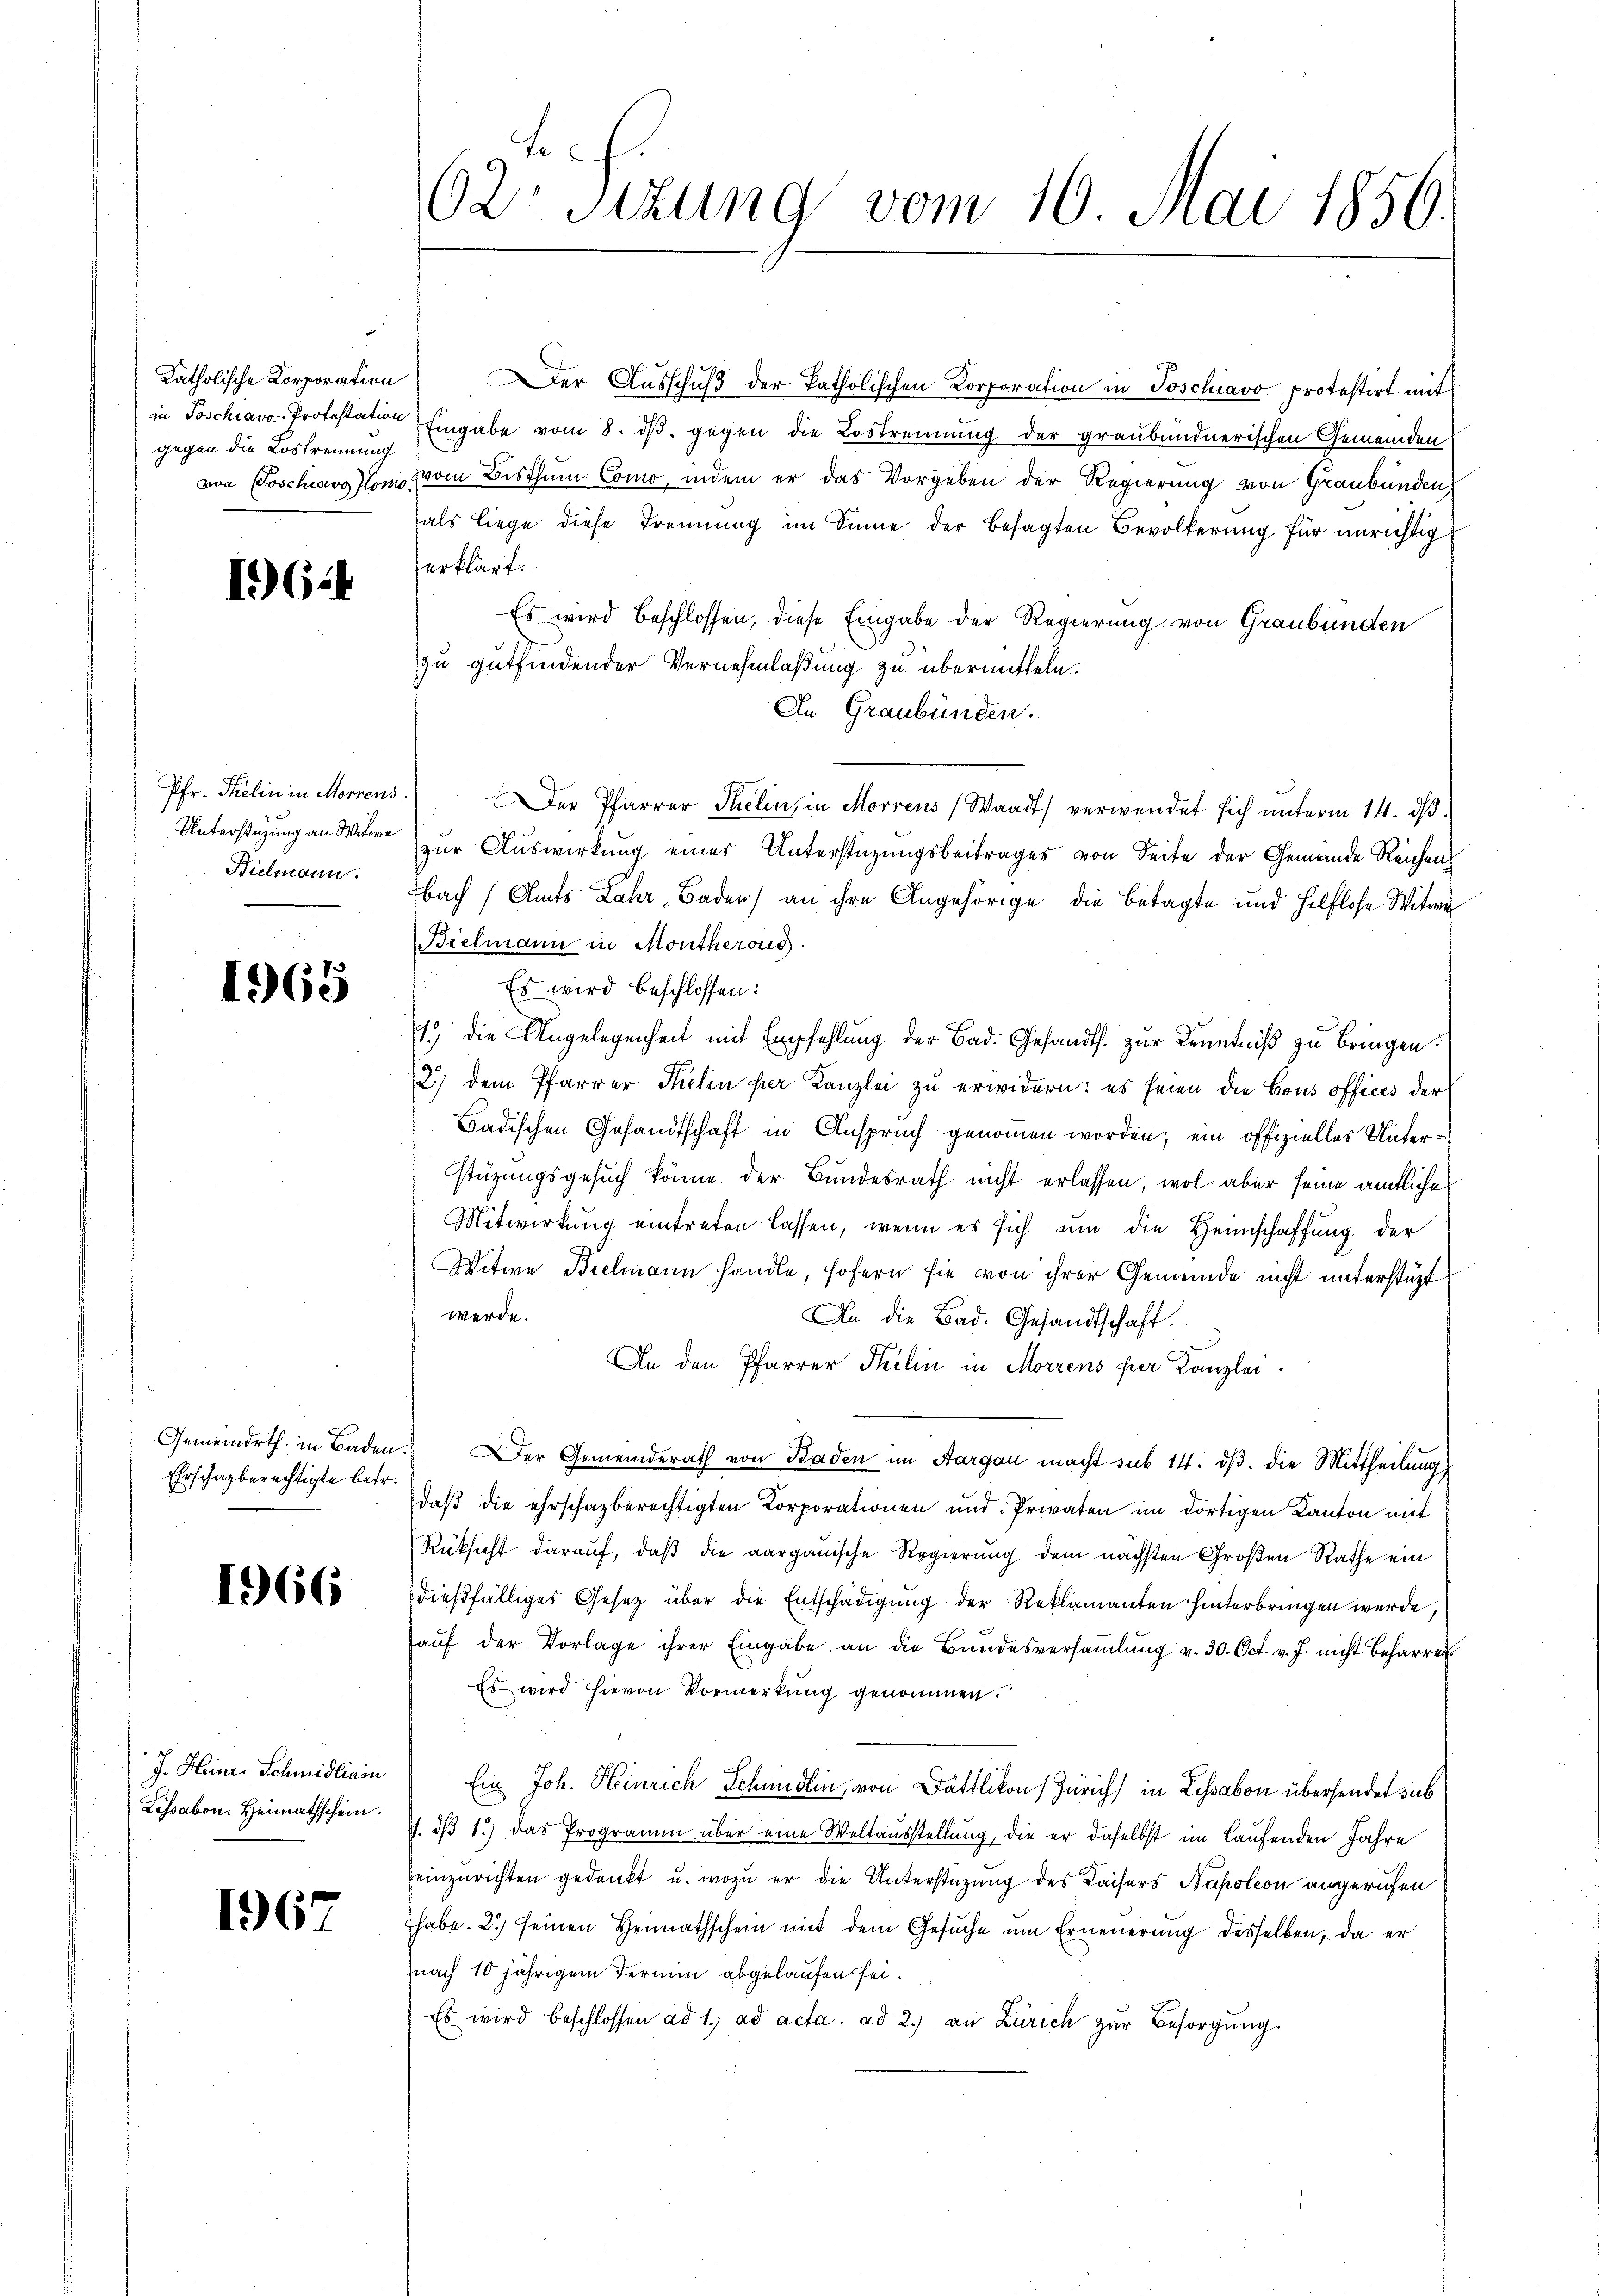
gegen die Lostrennung

I 624

Pfr. Thelin in Morgens.
Unterstüzung an Witwe
Bielmann.

1965

Gemeindrth. in Baden
Ehrschaz berechtigte betr.

1966

J. Heinr. Schmidliniu
Lissabon. Heimathschein.

1967

62: Sizung vom 16. Mai 1850.

Katholische Korporation) Der Ausschuß der Patholischen Korporation in Poschiavo protestirt mit
in Poschiavo Protestation Eingabe vom 8. ds. gegen die Lostrennung der graubündnerischen Gemeinden
von Poschiavolon vom Bisthum Como, indem er das Vorgeben der Regierung von Graubünden
als liege diese Trennung im Sinne der besagten Bevölkerung für unrichtig
erklärt.
Es wird beschlossen, diese Eingabe der Regierung von Graubünden
zu gutfindender Vernehmlaßung zu übermitteln.
In Graubünden.
Der Pfarrer Thelin, in Morrens (Waadt) verwendet sich unterm 14. dβ.
zur Auswirkung eines Unterstüzungsbeitrages von Seite der Gemeinde Reicheng
bach Amts Jahr, Baden) an ihre Angehörige die Betagte und Hilflose Witwe
Bielmann in Montheroug
Es wird beschlossen:
1.) die Angelegenheit mit Empfehlung der Bad. Gesandts. zur Kenntniß zu bringen.
2.) dem Pfarrer Selin per Kanzlei zu erwidern: es seien die Cous offices der
Badischen Gesandtschaft in Anspruch genommen worden; ein offizielles Unterstüzungsgesuch könne der Bundesrath nicht erlassen, wol aber seine amtliches
Mitwirkung eintreten lassen, wenn es sich um die Heimschaffung der
Witwe Bielmann handle, sofern sie von ihrer Gemeinde nicht unterstüzt
werde.
An die Bad. Gesandtschaft
An den Pfarrer Pelin in Morrens per Kanzlei.
 Der Gemeinderath von Baden im Aargau macht sub 14. dß. die Mittheilung
daβ die ehrschazberechtigten Korporationen und Privaten im dortigen Kanton mit
Rüksicht darauf, daß die aargauische Regierung dem nächsten Großen Rathe ein
dießfälliges Gesetz über die Entschädigung der Reklamanten hinterbringen werde,
aŭf der Vorlage ihrer Eingabe an die Bŭndesversaṁlŭng v. 30. Oct. v. J. nicht beharren
Es wird hievon Vormerkung genommen.
Ein Joh. Heinrich Schmidlin, von Dattlikon Zürich) in Lissabon übersendet sub
4. dβ 1.) Das Programm über eine Weltausstellung, die er daselbst im Laufenden Jahre
einzurichten gedankt u. wozu er die Unterstüzung des Kaisers Napoleon angerufen
habe. 2) seinen Heimathschein mit dem Gesuche um Erneuerung desselben, da er
nach 10 jährigem Termin abgelaufen sei.
Es wird beschlossen ad 1. ad acta ad 2.) an Zürich zŭr Besorgŭng.